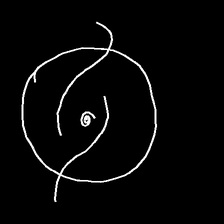
Glyph: repetition